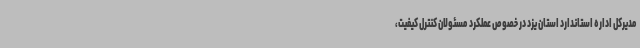
مدیرکل اداره استاندارد استان یزد در خصوص عملکرد مسئولان کنترل کیفیت،